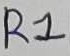
Text: R1